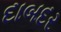
દાબદર